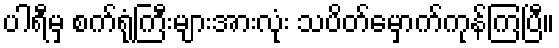
ပါရီမှ စက်ရုံကြီးများအားလုံး သပိတ်မှောက်ကုန်ကြပြီ။